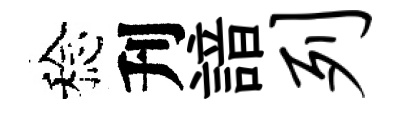
稔刋諳列